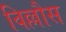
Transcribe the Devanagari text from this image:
विल्लौस